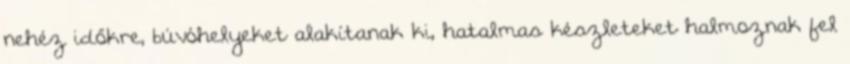
nehéz időkre, búvóhelyeket alakítanak ki, hatalmas készleteket halmoznak fel